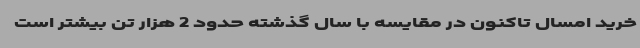
خرید امسال تاکنون در مقایسه با سال گذشته حدود 2 هزار تن بیشتر است